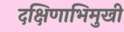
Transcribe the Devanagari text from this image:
दक्षिणाभिमुखी